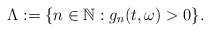
\begin{align*}\Lambda := \{ n\in\mathbb{N}: g_n(t,\omega)> 0\} .\end{align*}